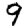
Digit: 9